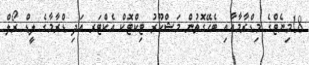
18މިނެޓްގެ މިޑްރާމާއާއި ބެހޭގޮތުން މަޝްހޫރު ޓިކްޓޮކް އެކްޓަރ އަދި ޑްރާމާގެ ލީޑް ރޯލް